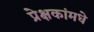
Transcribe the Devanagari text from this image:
प्रेक्षकांमधे